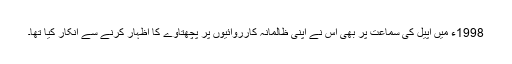
1998ء میں اپیل کی سماعت پر بھی اس نے اپنی ظالمانہ کارروائیوں پر پچھتاوے کا اظہار کرنے سے انکار کیا تھا۔